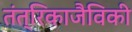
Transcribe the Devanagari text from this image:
तंत्रिकाजैविकी